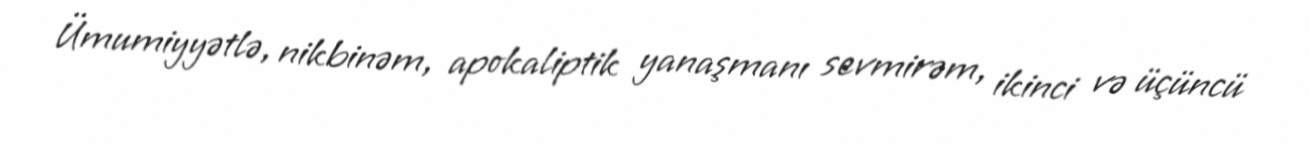
Ümumiyyətlə, nikbinəm, apokaliptik yanaşmanı sevmirəm, ikinci və üçüncü